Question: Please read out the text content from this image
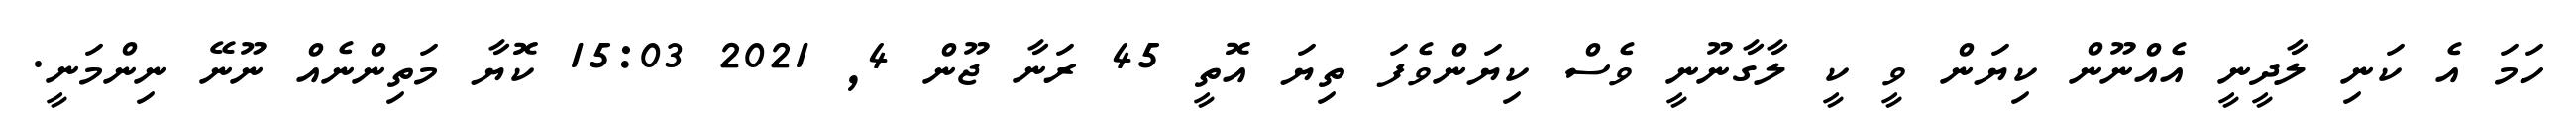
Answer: ހަމަ އެ ކަނި ލާދީނީ އެއްނޫން ކިޔަން ވީ ކީ ލާގާނޫނީ ވެސް ކިޔަންވެފަ ތިޔަ އޮތީ 45 ރަނާ ޖޫން 4, 2021 15:03 ކޮޔާ މަތިންނެއް ނޫނޭ ނިންމަނީ.